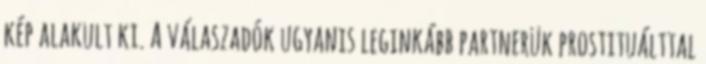
kép alakult ki. A válaszadók ugyanis leginkább partnerük prostituálttal